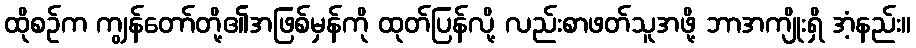
ထိုစဉ်က ကျွန်တော်တို့၏အဖြစ်မှန်ကို ထုတ်ပြန်လို့ လည်းစာဖတ်သူအဖို့ ဘာအကျိုးရှိ အံ့နည်း။